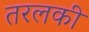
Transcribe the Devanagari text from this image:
तरलकी